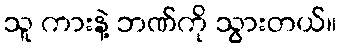
သူ ကားနဲ့ ဘဏ်ကို သွားတယ်။